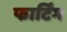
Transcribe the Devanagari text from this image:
फार्टिंग